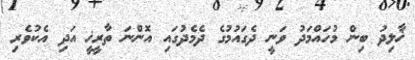
ޚާލިދު ބިން މުހައްމަދު ވަނީ ދެގައުމުގެ ދެމެދުގައި އޮންނަ ތާރީޚީ އަދި އެކުވެރި